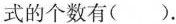
式的个数有( ).